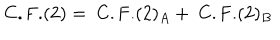
\mathrm { C . F . } ( 2 ) = \ \mathrm { C . F . } ( 2 ) _ { A } + \ \mathrm { C . F . } ( 2 ) _ { B }